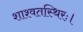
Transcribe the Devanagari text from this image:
शाश्वतस्थिरः।